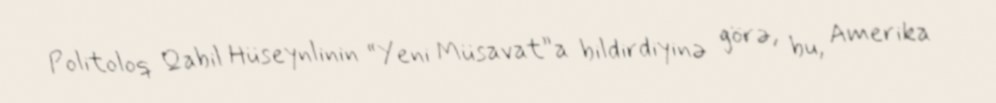
Politoloq Qabil Hüseynlinin “Yeni Müsavat”a bildirdiyinə görə, bu, Amerika